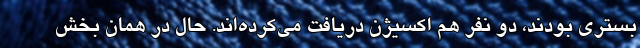
بستری بودند، دو نفر هم اکسیژن دریافت می‌کرده‌اند. حال در همان بخش